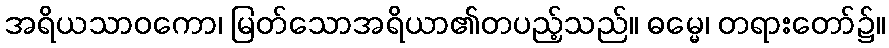
အရိယသာဝကော၊ မြတ်သောအရိယာ၏တပည့်သည်။ ဓမ္မေ၊ တရားတော်၌။